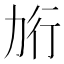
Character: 𰅎